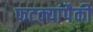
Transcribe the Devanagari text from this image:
फटक्यांपैकी